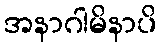
အနာဂါမိနာပိ